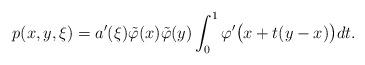
LaTeX: \begin{align*}p(x, y, \xi) = a'(\xi) \tilde \varphi(x) \tilde \varphi(y)\int_0^1 \varphi'\bigl(x+t(y-x)\bigr) dt .\end{align*}